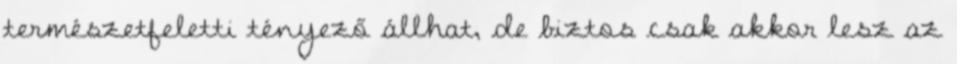
természetfeletti tényező állhat, de biztos csak akkor lesz az